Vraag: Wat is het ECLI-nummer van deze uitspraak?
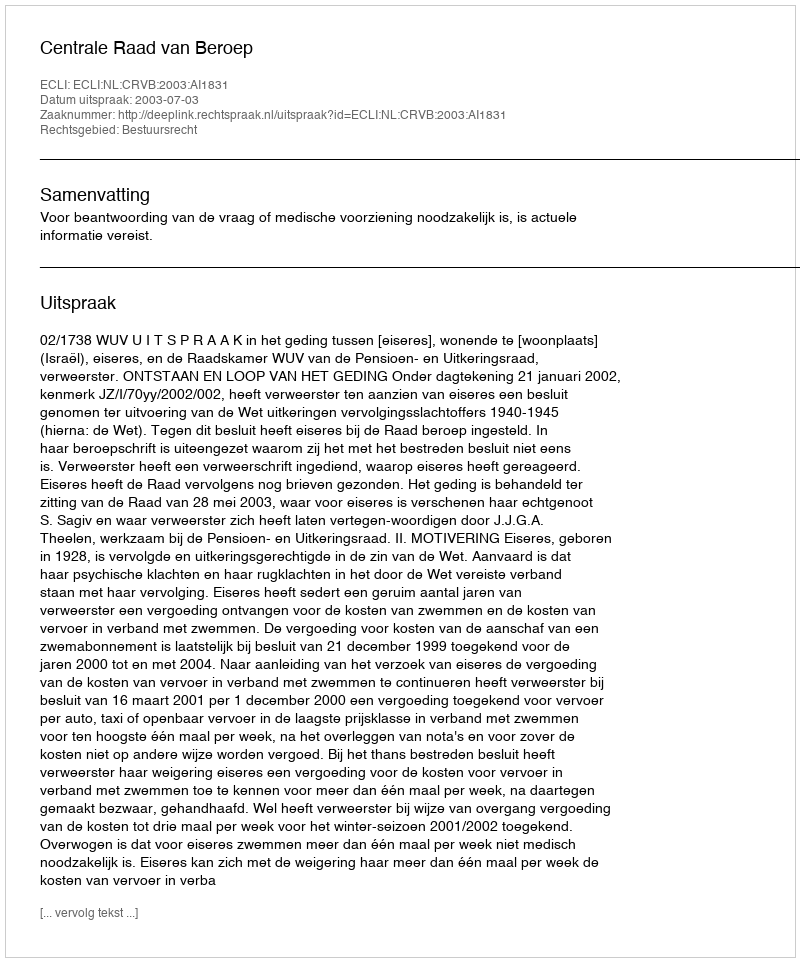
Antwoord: ECLI:NL:CRVB:2003:AI1831